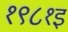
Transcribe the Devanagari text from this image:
१९८१इ